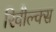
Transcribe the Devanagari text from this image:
रिवौल्क्स